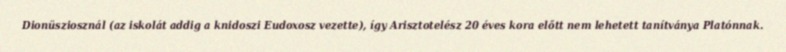
Dionüsziosznál (az iskolát addig a knidoszi Eudoxosz vezette), így Arisztotelész 20 éves kora előtt nem lehetett tanítványa Platónnak.